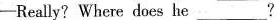
——Really? Where does he ___ ？